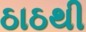
ઠાઠથી